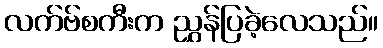
လက်ဗ်စကီးက ညွှန်ပြခဲ့လေသည်။